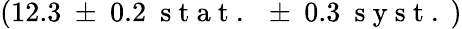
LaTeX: (12.3~\pm~0.2~\mathrm{~s~t~a~t~.~}~\pm~0.3~\mathrm{~s~y~s~t~.~})